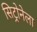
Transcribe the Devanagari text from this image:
सिट्रोनेला